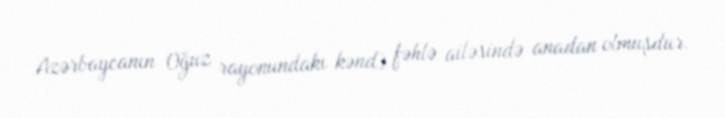
Azərbaycanın Oğuz rayonundakı kənd) fəhlə ailəsində anadan olmuşdur.